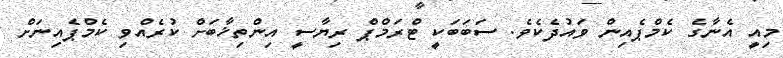
މިއީ އެނާގެ ކެމްޕެއިން ވައުދެކެވެ. ސަބަބަކީ ޓްރަމްޕް ރިޔާސީ އިންތިޚާބަށް ކުރެއްވި ކެމްޕެއިނަށް